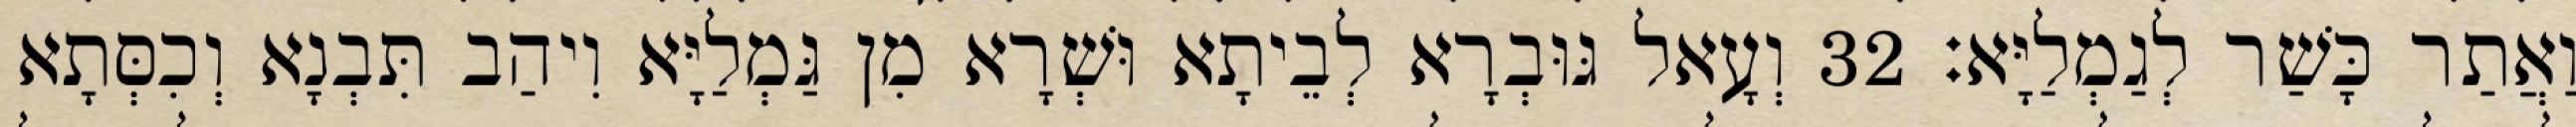
וַאֲתַר כָּשַׁר לְגַמְלַיָּא׃ 32 וְעָאל גּוּבְרָא לְבֵיתָא וּשְׁרָא מִן גַּמְלַיָּא וִיהַב תִּבְנָא וְכִסְּתָא